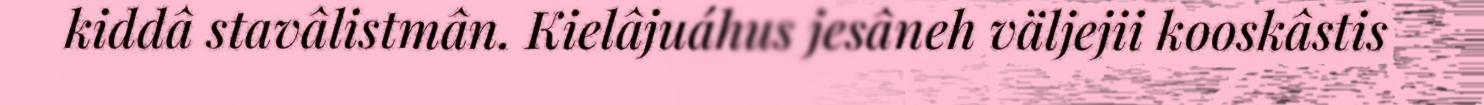
kiddâ stavâlistmân. Kielâjuáhus jesâneh väljejii kooskâstis